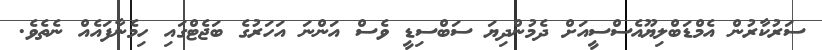
ސަރުކާރުން އެމްޑަބްލިޔޫއެސްސީއަށް ދެމުންދިޔަ ސަބްސިޑީ ވެސް އަންނަ އަހަރުގެ ބަޖެޓްގައި ހިމެނާފައެއް ނެތެވެ.